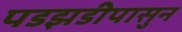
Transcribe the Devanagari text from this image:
पडझडीपासुन